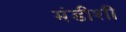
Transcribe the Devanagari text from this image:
मंडीशी